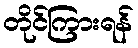
တိုင်ကြားရန်